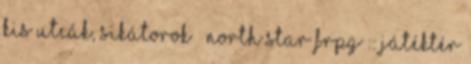
Kis utcák, sikátorok ◯ North Star FRPG :: Játéktér